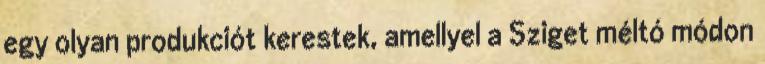
egy olyan produkciót kerestek, amellyel a Sziget méltó módon